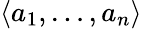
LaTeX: \langle a_{1},\ldots,a_{n}\rangle